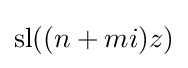
\operatorname {sl} ((n+mi)z)